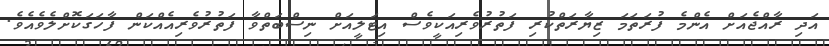
އަދި ރާއްޖެއަށް އެންމެ ފުރަތަމަ ޒިޔާރަތްކުރި ފަތުރުވެރިއަކީވެސް އިޓަލީއަށް ނިސްބަތްވާ ފަތުރުވެރިއެއްކަން ފާހަގަކޮށްލެވެއެވެ.